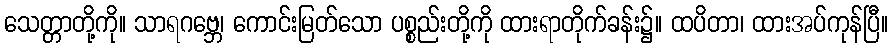
သေတ္တာတို့ကို။ သာရဂဗ္ဘေ၊ ကောင်းမြတ်သော ပစ္စည်းတို့ကို ထားရာတိုက်ခန်း၌။ ထပိတာ၊ ထားအပ်ကုန်ပြီ။